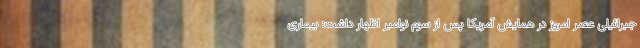
جبرائیلی عصر امروز در همایش آمریکا پس از سوم نوامبر اظهار داشت: بیماری